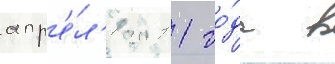
апр'е́л'я 2011 го́да в